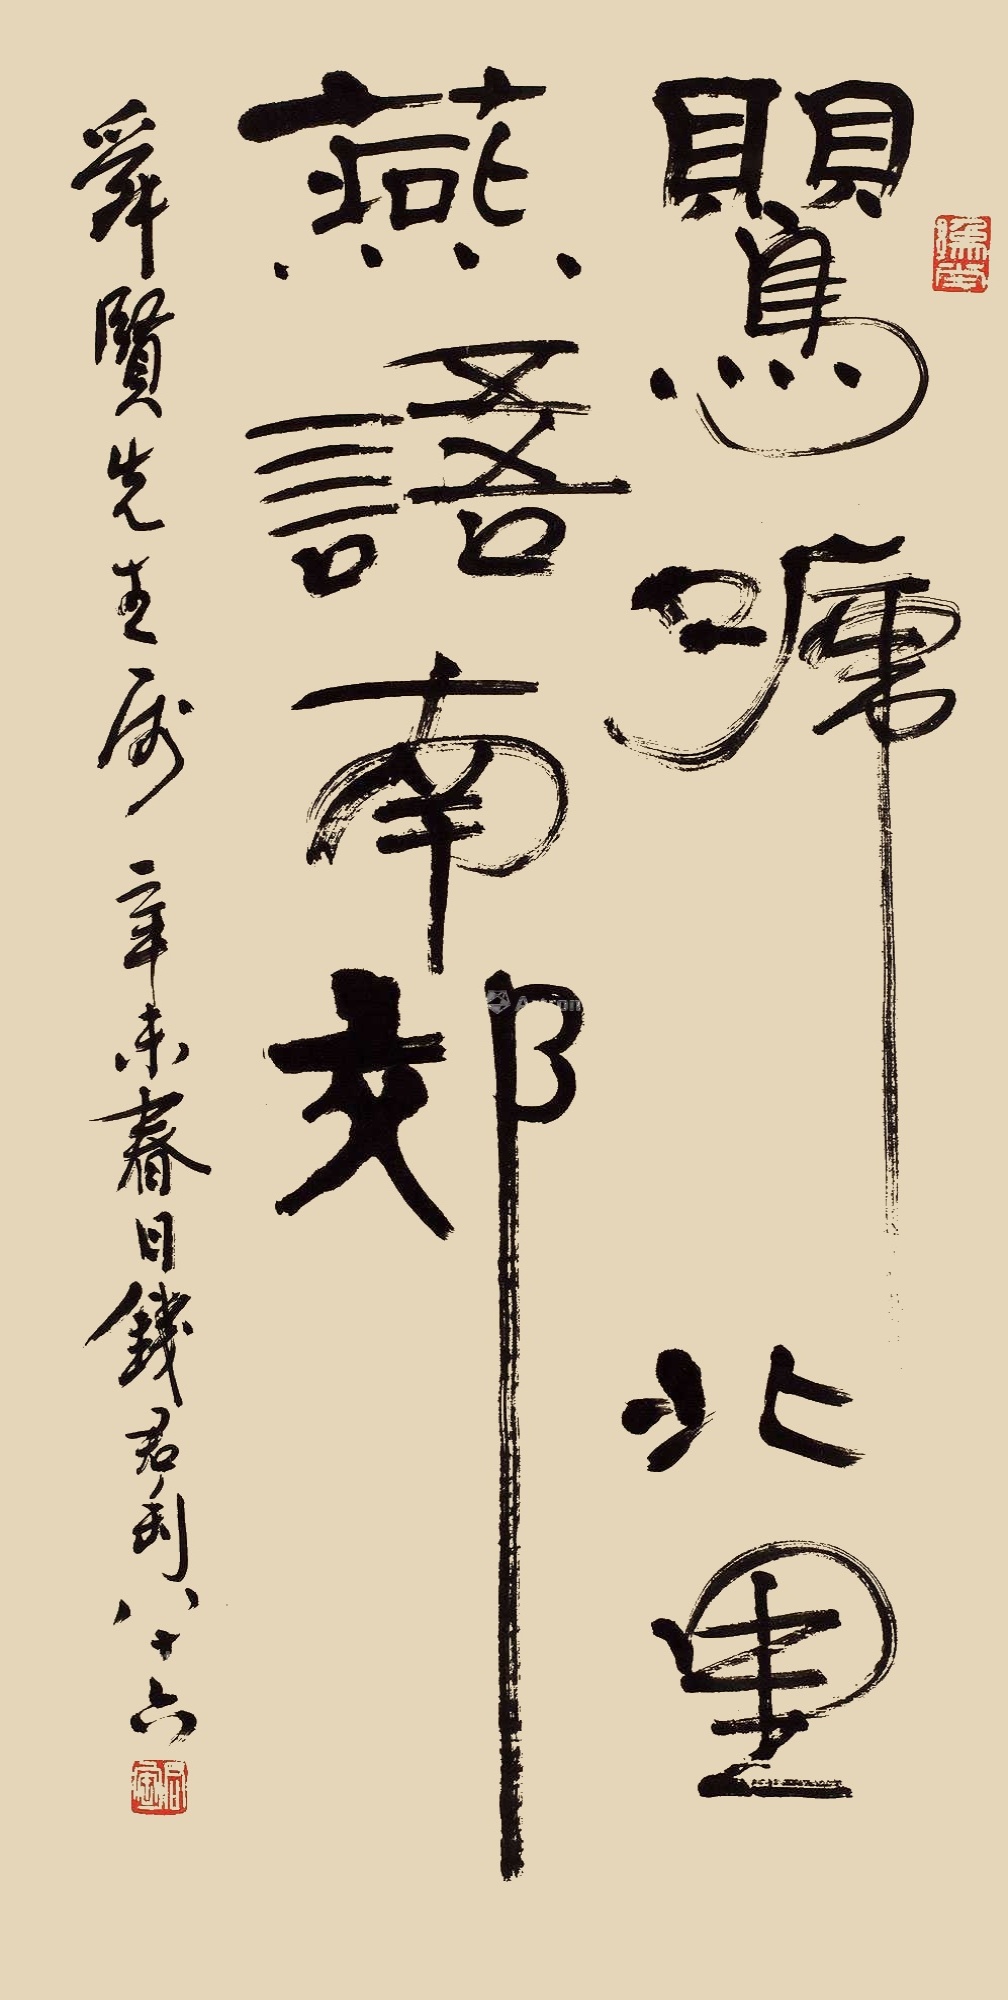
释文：莺啼北里燕语南郊匋舜贤先生属辛未春日钱君匋八十六